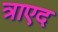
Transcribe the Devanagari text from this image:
त्राएद